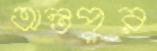
অন্তপুর